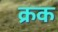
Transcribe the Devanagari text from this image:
क्रक